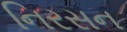
નિરસન